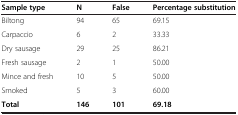
<table><thead><tr><td><b>Sample type</b></td><td><b>N</b></td><td><b>False</b></td><td><b>Percentage substitution</b></td></tr></thead><tbody><tr><td>Biltong</td><td>94</td><td>65</td><td>69.15</td></tr><tr><td>Carpaccio</td><td>6</td><td>2</td><td>33.33</td></tr><tr><td>Dry sausage</td><td>29</td><td>25</td><td>86.21</td></tr><tr><td>Fresh sausage</td><td>2</td><td>1</td><td>50.00</td></tr><tr><td>Mince and fresh</td><td>10</td><td>5</td><td>50.00</td></tr><tr><td>Smoked</td><td>5</td><td>3</td><td>60.00</td></tr><tr><td><b>Total</b></td><td><b>146</b></td><td><b>101</b></td><td><b>69.18</b></td></tr></tbody></table>